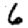
Digit: 6